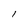
Character: l